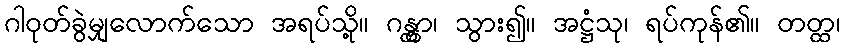
ဂါဝုတ်ခွဲမျှလောက်သော အရပ်သို့။ ဂန္တွာ၊ သွား၍။ အဋ္ဌံသု၊ ရပ်ကုန်၏။ တတ္ထ၊